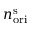
n _ { \mathrm { o r i } } ^ { \mathrm { s } }